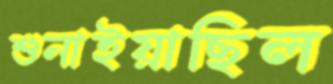
শুনাইয়াছিল